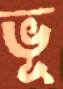
ভূ